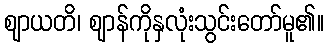
ဈာယတိ၊ ဈာန်ကိုနှလုံးသွင်းတော်မူ၏။